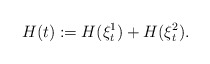
\begin{align*}H(t):=H(\xi^1_t)+H(\xi^2_t).\end{align*}